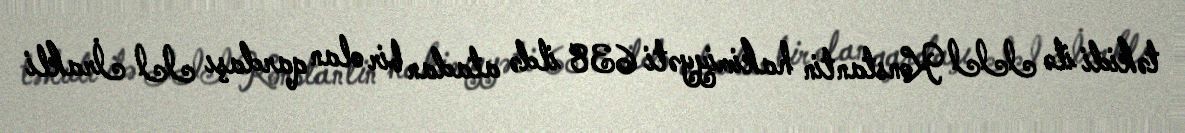
təkidi ilə III Konstantin hakimiyyəti 638 ildə atadan bir olan qardaşı II İrakli